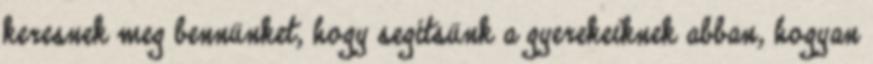
keresnek meg bennünket, hogy segítsünk a gyerekeiknek abban, hogyan